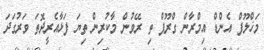
މަޚްލޫފް އެންޑް އިމްރާން ގްރޫޕް ތި ރޭވުން މާކުރިން ތިޔަ ފަޅާއެރީދޮތަ ވަރުގަދަ